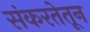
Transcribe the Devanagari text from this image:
संकरतेतून